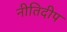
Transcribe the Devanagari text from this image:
नीतिदीप